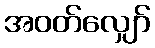
အဝတ်လျှော်